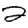
Digit: 2